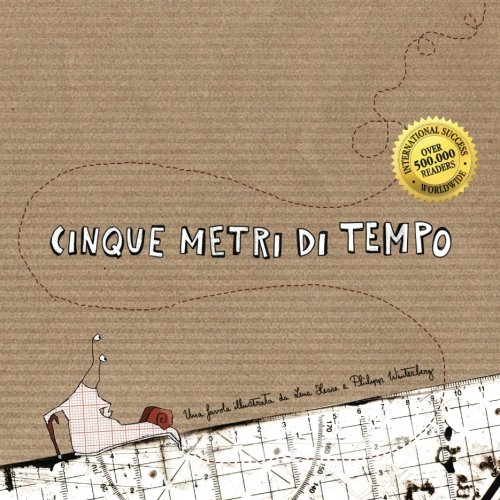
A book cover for Cinque metri di tempo: Una favola illustrata da Lena Hesse e Philipp Winterberg (Italian Edition); Lena Hesse; Children's Books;